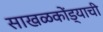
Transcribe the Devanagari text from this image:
साखळकोंड्याची